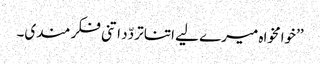
’’خوامخواہ میرے لیے اتنا تردّد اتنی فکر مندی۔